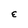
Character: E